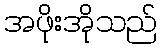
အဖိုးအိုသည်